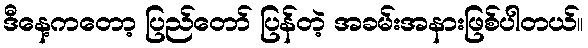
ဒီနေ့ကတော့ ပြည်တော် ပြန်တဲ့ အခမ်းအနားဖြစ်ပါတယ်။